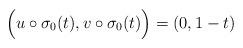
LaTeX: \begin{align*}\Big( u \circ \sigma_0(t), v \circ \sigma_0(t) \Big) = (0, 1-t)\end{align*}